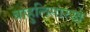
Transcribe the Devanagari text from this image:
बाहुलिसारखे